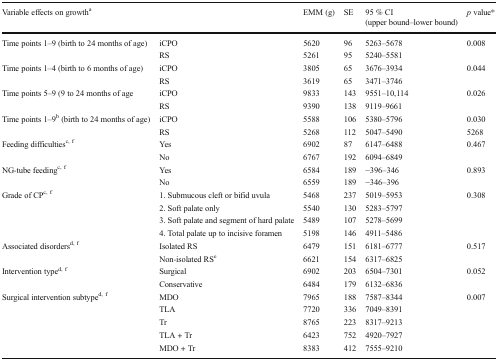
<table><thead><tr><td colspan="2"><b>Variable effects on growth<sup>a</sup></b></td><td><b>EMM (g)</b></td><td><b>SE</b></td><td><b>95 % CI (upper bound–lower bound)</b></td><td><b><i>p</i> value*</b></td></tr></thead><tbody><tr><td rowspan="2">Time points 1–9 (birth to 24 months of age)</td><td>iCPO</td><td>5620</td><td>96</td><td>5263–5678</td><td>0.008</td></tr><tr><td>RS</td><td>5261</td><td>95</td><td>5240–5581</td><td></td></tr><tr><td rowspan="2">Time points 1–4 (birth to 6 months of age)</td><td>iCPO</td><td>3805</td><td>65</td><td>3676–3934</td><td>0.044</td></tr><tr><td>RS</td><td>3619</td><td>65</td><td>3471–3746</td><td></td></tr><tr><td rowspan="2">Time points 5–9 (9 to 24 months of age</td><td>iCPO</td><td>9833</td><td>143</td><td>9551–10,114</td><td>0.026</td></tr><tr><td>RS</td><td>9390</td><td>138</td><td>9119–9661</td><td></td></tr><tr><td rowspan="2">Time points 1–9<sup>b</sup> (birth to 24 months of age)</td><td>iCPO</td><td>5588</td><td>106</td><td>5380–5796</td><td>0.030</td></tr><tr><td>RS</td><td>5268</td><td>112</td><td>5047–5490</td><td>5268</td></tr><tr><td rowspan="2">Feeding difficulties<sup>c, f</sup></td><td>Yes</td><td>6902</td><td>87</td><td>6147–6488</td><td>0.467</td></tr><tr><td>No</td><td>6767</td><td>192</td><td>6094–6849</td><td></td></tr><tr><td rowspan="2">NG-tube feeding<sup>c, f</sup></td><td>Yes</td><td>6584</td><td>189</td><td>−396–346</td><td>0.893</td></tr><tr><td>No</td><td>6559</td><td>189</td><td>−346–396</td><td></td></tr><tr><td rowspan="4">Grade of CP<sup>c, f</sup></td><td>1. Submucous cleft or bifid uvula</td><td>5468</td><td>237</td><td>5019–5953</td><td>0.308</td></tr><tr><td>2. Soft palate only</td><td>5540</td><td>130</td><td>5283–5797</td><td></td></tr><tr><td>3. Soft palate and segment of hard palate</td><td>5489</td><td>107</td><td>5278–5699</td><td></td></tr><tr><td>4. Total palate up to incisive foramen</td><td>5198</td><td>146</td><td>4911–5486</td><td></td></tr><tr><td rowspan="2">Associated disorders<sup>d, f</sup></td><td>Isolated RS</td><td>6479</td><td>151</td><td>6181–6777</td><td>0.517</td></tr><tr><td>Non-isolated RS<sup>e</sup></td><td>6621</td><td>154</td><td>6317–6825</td><td></td></tr><tr><td rowspan="2">Intervention type<sup>d, f</sup></td><td>Surgical</td><td>6902</td><td>203</td><td>6504–7301</td><td>0.052</td></tr><tr><td>Conservative</td><td>6484</td><td>179</td><td>6132–6836</td><td></td></tr><tr><td rowspan="5">Surgical intervention subtype<sup>d, f</sup></td><td>MDO</td><td>7965</td><td>188</td><td>7587–8344</td><td>0.007</td></tr><tr><td>TLA</td><td>7720</td><td>336</td><td>7049–8391</td><td></td></tr><tr><td>Tr</td><td>8765</td><td>223</td><td>8317–9213</td><td></td></tr><tr><td>TLA + Tr</td><td>6423</td><td>752</td><td>4920–7927</td><td></td></tr><tr><td>MDO + Tr</td><td>8383</td><td>412</td><td>7555–9210</td><td></td></tr></tbody></table>